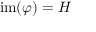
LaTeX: \mathrm { i m } ( \varphi ) = H